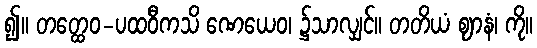
၍။ တတ္ထေဝ-ပထဝီကသိ ဏေယေဝ၊ ၌သာလျှင်။ တတိယံ ဈာနံ၊ ကို။